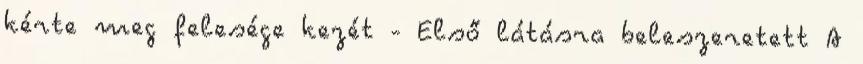
kérte meg felesége kezét - Első látásra beleszeretett A